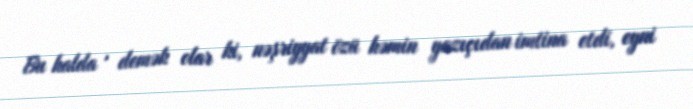
Bu halda , demək olar ki, nəşriyyat özü həmin yazıçıdan imtina etdi, eyni